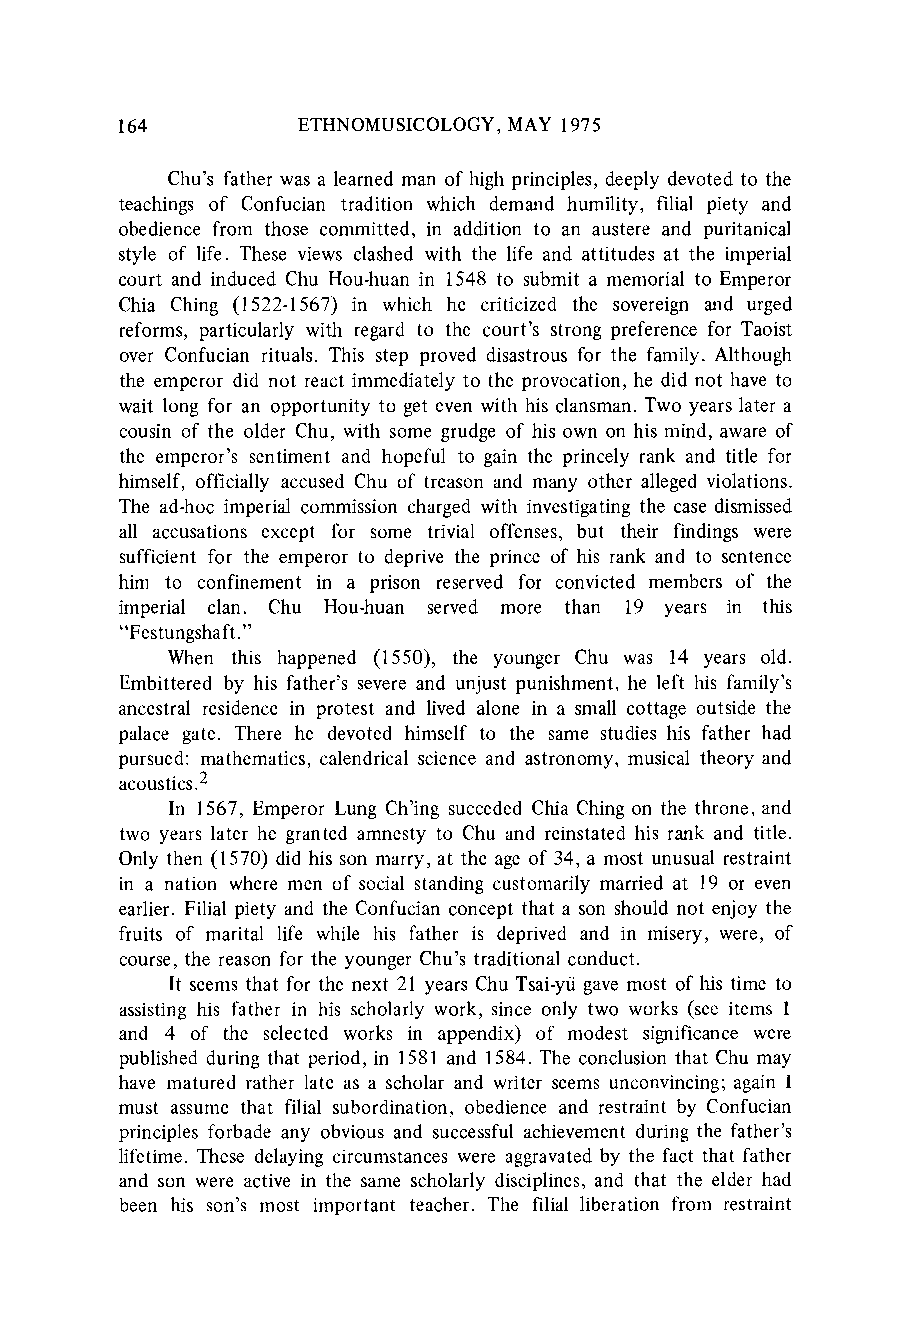
164         ETHNOMUSICOLOGYM, AY 1975
 Chu's father was a learned man of high principles, deeply devoted to the
 teachings of Confucian tradition which demand humility, filial piety and
 obedience from those committed, in addition to an austere and puritanical
 style of life. These views clashed with the life and attitudes at the imperial
 court and induced Chu Hou-huan in 1548 to submit a memorial to Emperor
 Chia Ching (1522-1567) in which he criticized the sovereign and urged
 reforms, particularly with regard to the court's strong preference for Taoist
 over Confucian rituals. This step proved disastrous for the family. Although
 the emperor did not react immediately to the provocation,h e did not have to
 wait long for an opportunity to get even with his clansman.T wo years later a
 cousin of the older Chu, with some grudge of his own on his mind, aware of
 the emperor's sentiment and hopeful to gain the princely rank and title for
 himself, officially accused Chu of treason and many other alleged violations.
 The ad-hoc imperial commission charged with investigatingt he case dismissed
 all accusations except for some trivial offenses, but their findings were
 sufficient for the emperor to deprive the prince of his rank and to sentence
 him to confinement in a prison reserved for convicted members of the
 imperial clan. Chu Hou-huan served more than 19 years in this
 "Festungshaft."
 When this happened (1550), the younger Chu was 14 years old.
 Embittered by his father's severe and unjust punishment, he left his family's
 ancestral residence in protest and lived alone in a small cottage outside the
 palace gate. There he devoted himself to the same studies his father had
 pursued: mathematics, calendricals cience and astronomy, musical theory and
 acoustics.2
 In 1567, Emperor Lung Ch'ing succeded Chia Ching on the throne, and
 two years later he granted amnesty to Chu and reinstated his rank and title.
 Only then (1570) did his son marry, at the age of 34, a most unusual restraint
 in a nation where men of social standing customarily marrieda t 19 or even
 earlier. Filial piety and the Confucian concept that a son should not enjoy the
 fruits of marital life while his father is deprived and in misery, were, of
 course, the reason for the younger Chu's traditionalc onduct.
 It seems that for the next 21 years Chu Tsai-yi gave most of his time to
 assisting his father in his scholarly work, since only two works (see items 1
 and 4 of the selected works in appendix) of modest significance were
 published during that period, in 1581 and 1584. The conclusion that Chu may
 have matured rather late as a scholar and writer seems unconvincing;a gain I
 must assume that filial subordination, obedience and restraint by Confucian
 principles forbade any obvious and successful achievement during the father's
 lifetime. These delaying circumstancesw ere aggravatedb y the fact that father
 and son were active in the same scholarly disciplines, and that the elder had
 been his son's most important teacher. The filial liberation from restraint